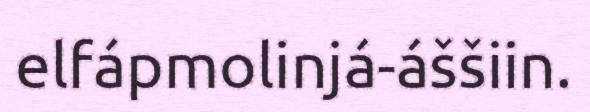
elfápmolinjá-áššiin.